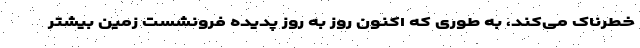
خطرناک می‌کند، به طوری که اکنون روز به روز پدیده فرونشست زمین بیشتر